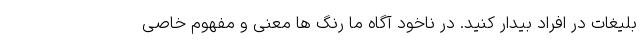
بلیغات در افراد بیدار کنید. در ناخود آگاه ما رنگ ها معنی و مفهوم خاصی